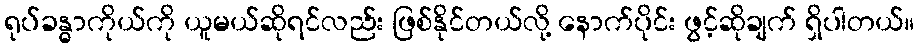
ရုပ်ခန္ဓာကိုယ်ကို ယူမယ်ဆိုရင်လည်း ဖြစ်နိုင်တယ်လို့ နောက်ပိုင်း ဖွင့်ဆိုချက် ရှိပါတယ်။